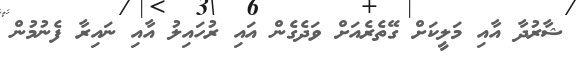
ޝާރުދާ އާއި މަލީކަށް ގޭތެރެއަށް ވަދެގެން އައި ރުހައިލު އާއި ނައިރާ ފެނުމުން